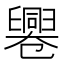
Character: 𠨩